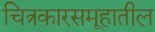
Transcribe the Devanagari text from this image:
चित्रकारसमूहातील